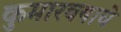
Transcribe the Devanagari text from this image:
कुमारवयाचे